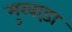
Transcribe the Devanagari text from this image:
मुरवाड़ा